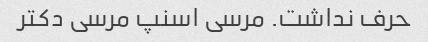
حرف نداشت. مرسی اسنپ مرسی دکتر